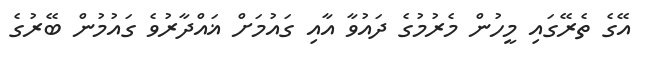
އޭގެ ތެރޭގައި މީހުން މެރުމުގެ ދައުވާ އާއި ގައުމަށް ޣައްދާރުވެ ގައުމުން ބޭރުގެ